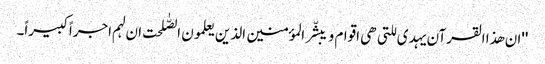
''ان ھذا القرآن یہدی للتی ھی اقوام و یبشّر المؤمنین الذین یعلمون الصّٰلحت ان لہم اجراً کبیراً۔